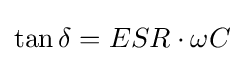
\tan \delta =ESR\cdot \omega C